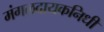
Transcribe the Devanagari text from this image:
मंगळदायकनिधी